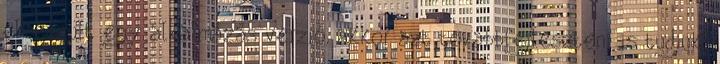
elkészült egy alkalmazás verzió, akkor azt továbbfejleszteni is tudjuk.